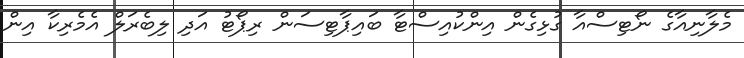
މެލާނިއާގެ ނޯޓިސްއާ ގުޅިގެން އިންކުއިސްޓާ ބައިޕާޓިސަން ރިޕޯޓު އަދި ލިބެރަލް އެމެރިކާ އިން